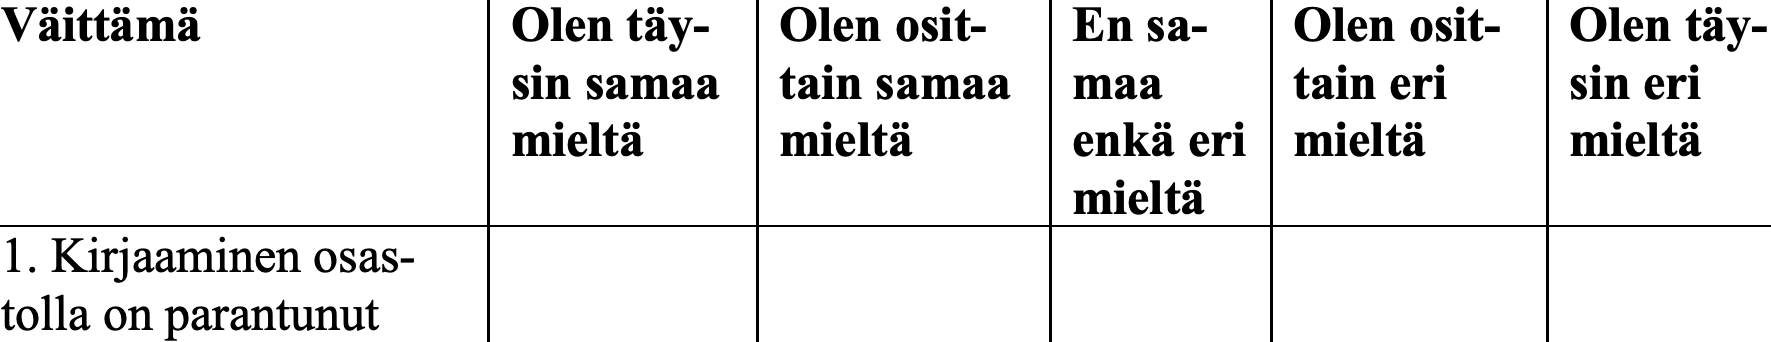
Väittämä         Olen täy- Olen osit- En sa- Olen osit- Olen täy- sin samaa tain samaa maa tain eri  sin eri mieltä  mieltä    enkä eri mieltä  mieltä mieltä 1. Kirjaaminen osas- tolla on parantunut